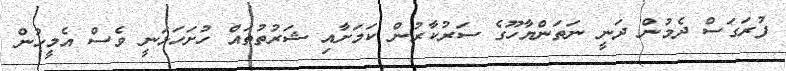
ފުރަގަސް ދެމުން ދަނީ ނަތަންޔާހޫގެ ސަރުކާރުން ކަމަށާއި ޝަރުތުތައް ހުށަހަޅަނީ ވެސް އެމީހުން